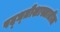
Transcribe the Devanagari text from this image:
पद्ध्तीशास्त्रातील